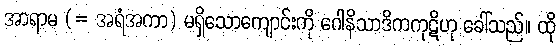
အာရာမ (= အရံအကာ) မရှိသောကျောင်းကို ဂေါနိသာဒိကကုဋိဟု ခေါ်သည်။ ထို